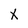
Character: X